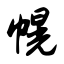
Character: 幌